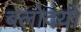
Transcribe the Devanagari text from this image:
बलोदयों